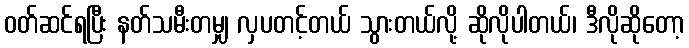
ဝတ်ဆင်ရပြီး နတ်သမီးတမျှ လှပတင့်တယ် သွားတယ်လို့ ဆိုလိုပါတယ်၊ ဒီလိုဆိုတော့